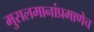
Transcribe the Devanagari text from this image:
मुसलमानांप्रमाणेच